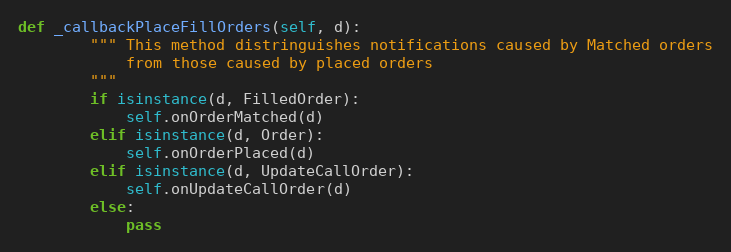
Language: Python
def _callbackPlaceFillOrders(self, d):
        """ This method distringuishes notifications caused by Matched orders
            from those caused by placed orders
        """
        if isinstance(d, FilledOrder):
            self.onOrderMatched(d)
        elif isinstance(d, Order):
            self.onOrderPlaced(d)
        elif isinstance(d, UpdateCallOrder):
            self.onUpdateCallOrder(d)
        else:
            pass